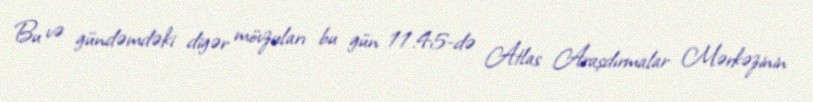
Bu və gündəmdəki digər mövzuları bu gün 11.45-də Atlas Araşdırmalar Mərkəzinin